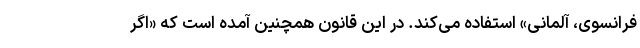
فرانسوی، آلمانی» استفاده می‌کند. در این قانون همچنین آمده است که «اگر